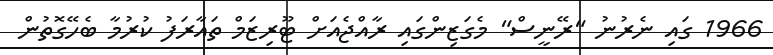
1966 ގައި ނެރުނު "ރޭނީސް" މެގަޒިންގައި ރާއްޖެއަށް ޓޫރިޒަމް ތައާރަފު ކުރުމާ ބެހޭގޮތުން